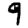
Digit: 9